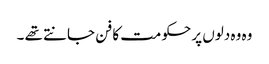
وہ وہ دلوں پر حکومت کا فن جانتے تھے ۔